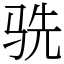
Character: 𬳽